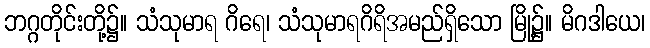
ဘဂ္ဂတိုင်းတို့၌။ သံသုမာရ ဂိရေ၊ သံသုမာရဂိရိအမည်ရှိသော မြို့၌။ မိဂဒါယေ၊